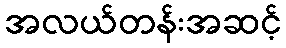
အလယ်တန်းအဆင့်